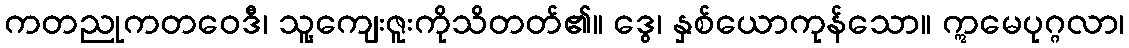
ကတညုကတဝေဒီ၊ သူ့ကျေးဇူးကိုသိတတ်၏။ ဒွေ၊ နှစ်ယောကုန်သော။ ဣမေပုဂ္ဂလာ၊